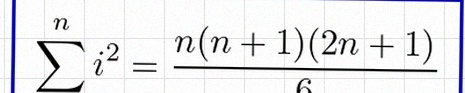
\sum_{i=1}^{n}i^2=\frac{n(n+1)(2n+1)}6